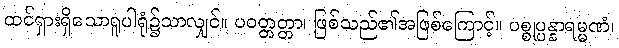
ထင်ရှားရှိသောရူပါရုံ၌သာလျှင်။ ပဝတ္တတ္တာ၊ ဖြစ်သည်၏အဖြစ်ကြောင့်။ ပစ္စုပ္ပန္နာရမ္မဏံ၊